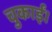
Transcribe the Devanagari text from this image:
चुकाईं।